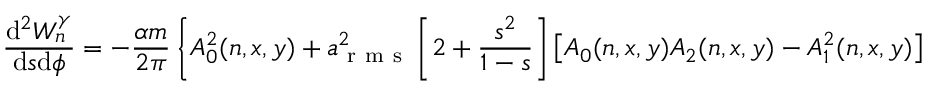
\frac { \mathrm { d } ^ { 2 } W _ { n } ^ { \gamma } } { \mathrm { d } s \mathrm { d } \phi } = - \frac { \alpha m } { 2 \pi } \left\{ A _ { 0 } ^ { 2 } ( n , x , y ) + a _ { \mathrm { ~ r ~ m ~ s ~ } } ^ { 2 } \left[ 2 + \frac { s ^ { 2 } } { 1 - s } \right] \left[ A _ { 0 } ( n , x , y ) A _ { 2 } ( n , x , y ) - A _ { 1 } ^ { 2 } ( n , x , y ) \right] \right\}